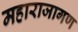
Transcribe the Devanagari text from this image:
महाराजागण